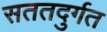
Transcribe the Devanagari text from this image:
सततदुर्गत